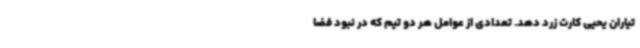
تیاران یحیی کارت زرد دهد. تعدادی از عوامل هر دو تیم که در نبود فضا